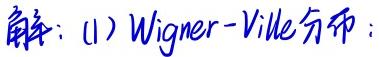
解：(1) Wigner - Ville分布：